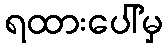
ရထားပေါ်မှ